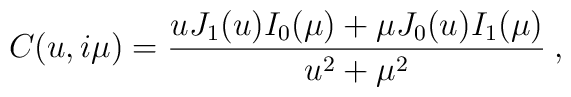
C(u,i\mu)=\frac{uJ_1(u)I_0(\mu)+\mu J_0(u)I_1(\mu)}{u^2+\mu^2}\:,